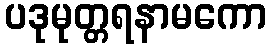
ပဒုမုတ္တရနာမကော